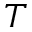
T